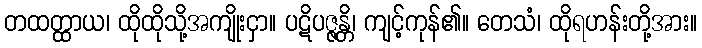
တထတ္ထာယ၊ ထိုထိုသို့အကျိုးငှာ။ ပဋိပဇ္ဇန္တိ၊ ကျင့်ကုန်၏။ တေသံ၊ ထိုရဟန်းတို့အား။